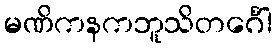
မဏိကနကဘူသိတင်္ဂေါ